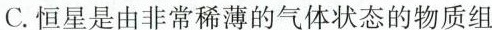
C.恒星是由非常稀薄的气体状态的物质组